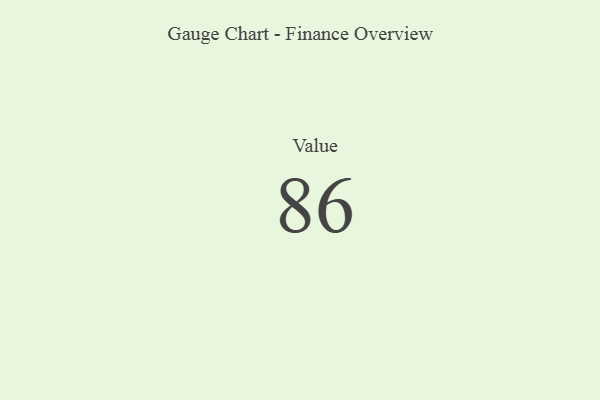
{"axis": {"x": "Metric", "y": "Value"}, "legend": [""], "data": [{"x": "Value", "y": 86, "type": ""}]}